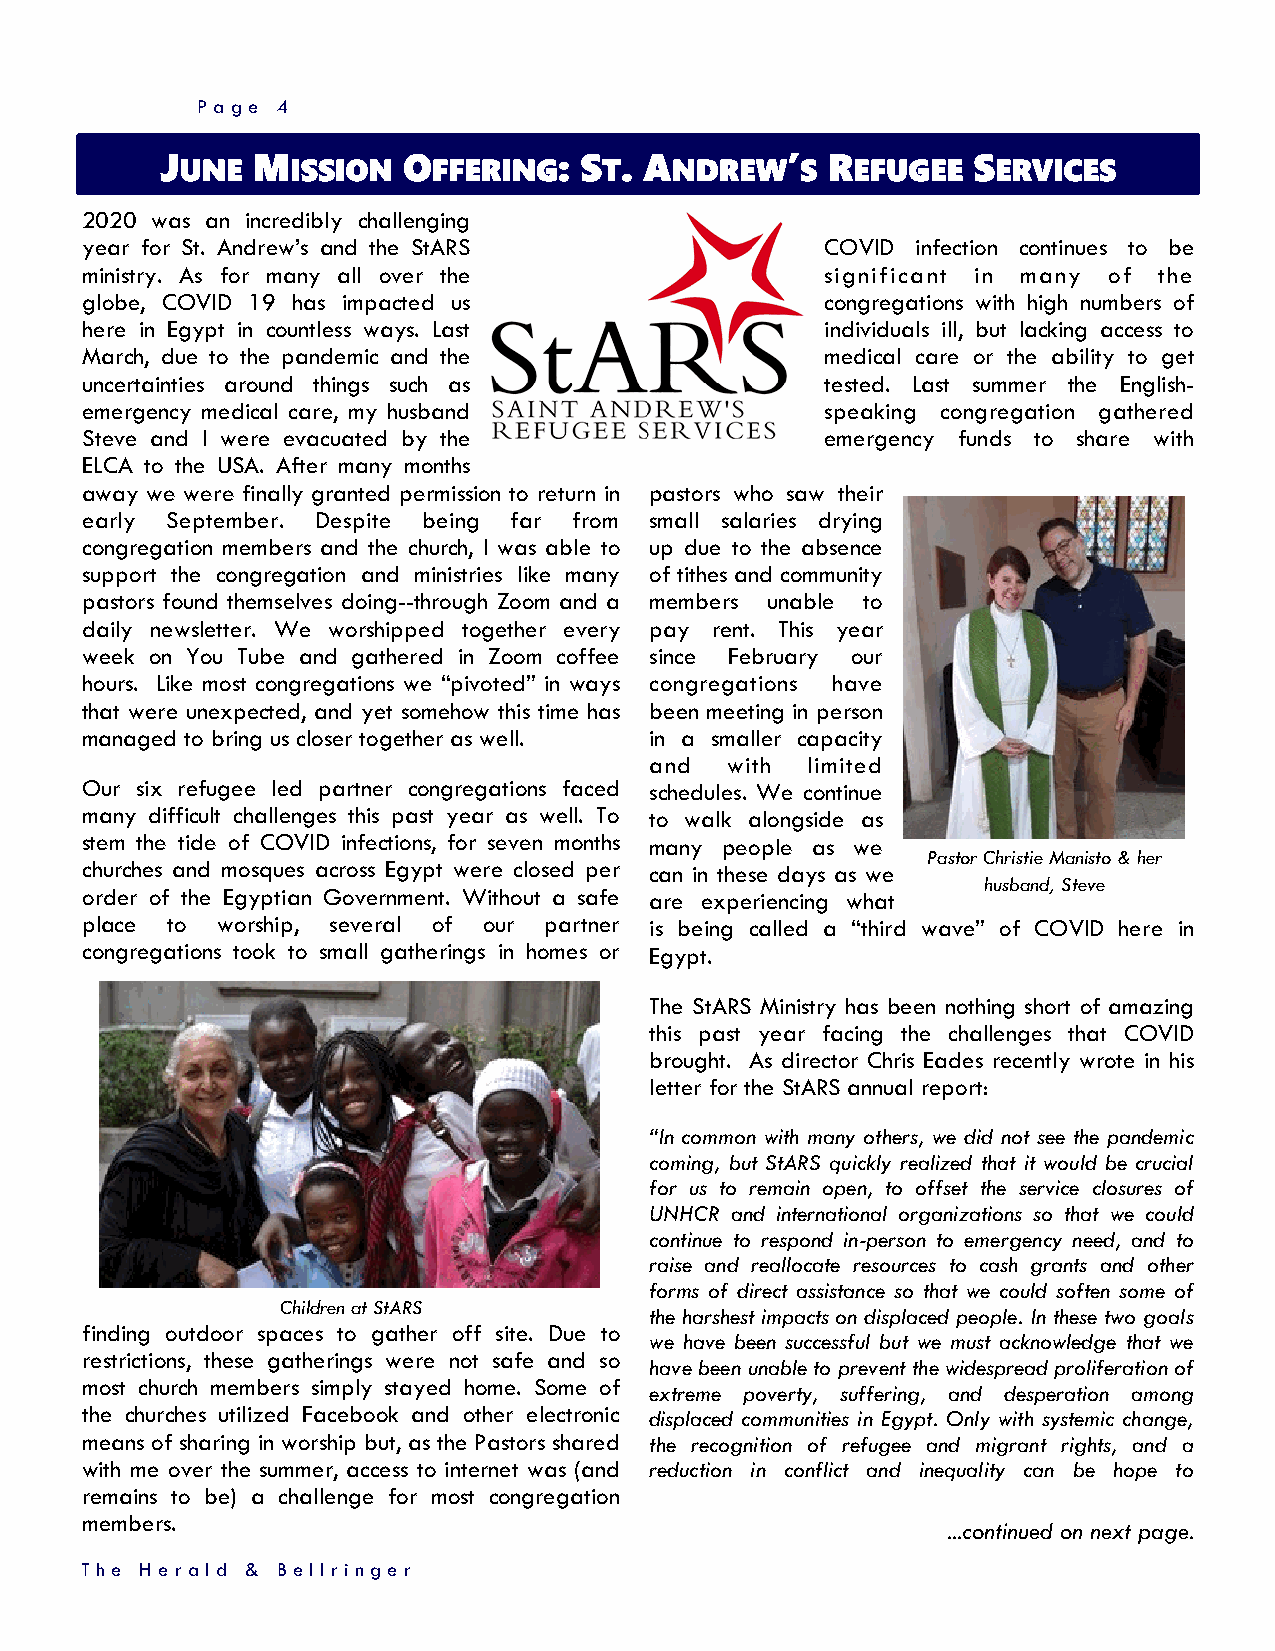
Page 4
 JUNE  MISSION   OFFERING:  ST.  ANDREW’S    REFUGEE  SERVICES
 2020 was an incredibly challenging
 year for St. Andrew’s and the StARS               COVID infection continues to be
 ministry. As for many all over the                significant in many of the
 globe, COVID 19 has impacted us                   congregations with high numbers of
 here in Egypt in countless ways. Last             individuals ill, but lacking access to
 March, due to the pandemic and the                medical care or the ability to get
 uncertainties around things such as               tested. Last summer the English-
 emergency medical care, my husband                speaking congregation gathered
 Steve and I were evacuated by the                 emergency funds to share with
 ELCA to the USA. After many months
 away we were finally granted permission to return in pastors who saw their
 early September. Despite being far from small salaries drying
 congregation members and the church, I was able to up due to the absence
 support the congregation and ministries like many of tithes and community
 pastors found themselves doing--through Zoom and a members unable to
 daily newsletter. We worshipped together every pay rent. This year
 week on You Tube and gathered in Zoom coffee since February our
 hours. Like most congregations we “pivoted” in ways congregations have
 that were unexpected, and yet somehow this time has been meeting in person
 managed to bring us closer together as well. in a smaller capacity
 and  with limited
 Our six refugee led partner congregations faced schedules. We continue
 many difficult challenges this past year as well. To to walk alongside as
 stem the tide of COVID infections, for seven months many people as we
 Pastor Christie Manisto & her
 churches and mosques across Egypt were closed per can in these days as we
 husband, Steve
 order of the Egyptian Government. Without a safe are experiencing what
 place to worship, several of our partner is being called a “third wave” of COVID here in
 congregations took to small gatherings in homes or Egypt.
 The StARS Ministry has been nothing short of amazing
 this past year facing the challenges that COVID
 brought. As director Chris Eades recently wrote in his
 letter for the StARS annual report:
 “In common with many others, we did not see the pandemic
 coming, but StARS quickly realized that it would be crucial
 for us to remain open, to offset the service closures of
 UNHCR and international organizations so that we could
 continue to respond in-person to emergency need, and to
 raise and reallocate resources to cash grants and other
 forms of direct assistance so that we could soften some of
 Children at StARS
 the harshest impacts on displaced people. In these two goals
 finding outdoor spaces to gather off site. Due to
 we have been successful but we must acknowledge that we
 restrictions, these gatherings were not safe and so
 have been unable to prevent the widespread proliferation of
 most church members simply stayed home. Some of
 extreme poverty, suffering, and desperation among
 the churches utilized Facebook and other electronic displaced communities in Egypt. Only with systemic change,
 means of sharing in worship but, as the Pastors shared the recognition of refugee and migrant rights, and a
 with me over the summer, access to internet was (and reduction in conflict and inequality can be hope to
 remains to be) a challenge for most congregation
 members.
 ...continued on next page.
 T h e H erald & Bellrin ger